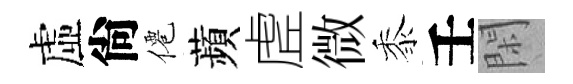
虛尙僊蘋虗微黍壬閑